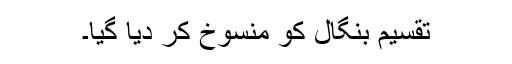
تقسیم بنگال کو منسوخ کر دیا گیا۔